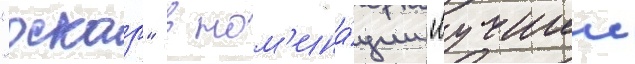
"оскар" в ном'ина́ции "лучшии